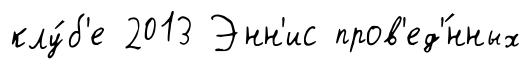
клу́б'е 2013 Энн'ис пров'ед'́нных